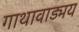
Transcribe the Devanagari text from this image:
गाथावाड्मय